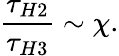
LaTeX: \frac{\tau_{H2}}{\tau_{H3}}\sim\chi.